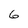
Character: 6